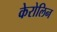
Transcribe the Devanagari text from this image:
केरोलिन